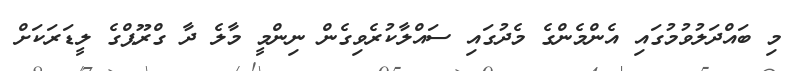
މި ބައްދަލުވުމުގައި އެންމެންގެ މެދުގައި ސައްލާކުރެވިގެން ނިންމީ މާލެ ދާ ގްރޫޕްގެ ލީޑަރަކަށް